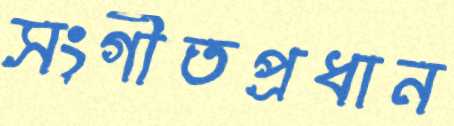
সংগীতপ্রধান